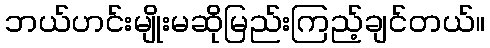
ဘယ်ဟင်းမျိုးမဆိုမြည်းကြည့်ချင်တယ်။